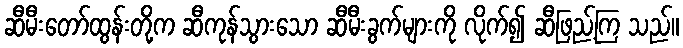
ဆီမီးတော်ထွန်းတို့က ဆီကုန်သွားသော ဆီမီးခွက်များကို လိုက်၍ ဆီဖြည့်ကြ သည်။